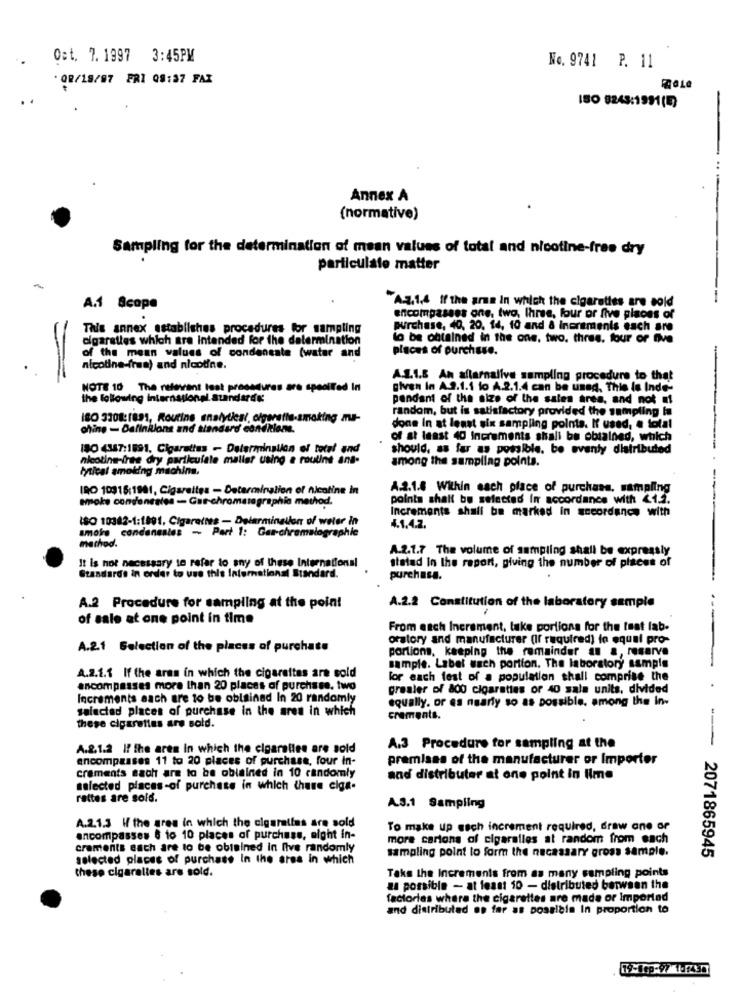
Cat. 7.1997 3:45PM
No. 9741 P. 11
· 08/18/97 FRI 08:37 FAX
ISO 8243:1991(E)
--
Annex A
(normative)
Sampling for the determination of mean values of total and nicotine-free dry
particulate matter
"Az.1,4 If the arma In which the cigarettes are sold
A.1 Scope
encompasses one, two, Ihree, four or five places of
This annex establishes procedures for sampling
Purchase, 40, 20, 14, 10 and & ineremenis each are
cigarettes which are Intended for the determination
to be obtained in the one, two, three, four or five
of the mean values of condensate (water and
places of purchase.
-
nicotine-fraa) and nicotine.
A.L.1.8 An aflarnalive sampling procedure to that
NOTE 10 The relevant lest procedures are specified In
given in A.2.1.1 to A.2.1.4 can be used, This is Inde-
the following international standards:
pendant of the size of the sales area, and not mi
random, but is satisfactory provided the sampling in
ISO 3308:1891, Routine analyticsi, olgaratie-smoking ma-
chine - Dafinkions and standard conditions.
done In at least six sampling points. If used, a total
of at least 40 Increments shall be obtained, which
180 4347:1891, Cigarettes - Daterminalion el total and
should. as far as possible. be evenly distributed
nicotine-inte dry particulate maller using a routine ans-
among the sampling points.
tytical smoking machins.
IRO 10316:1981, Cigarettes - Determination of nicoline in
A.2.1.8 Within each place of purchase, sampling
smoke condonesles - Gar-chromatographic method.
points shalt be selected In accordance with 413.
Increments shall be marked in accordance with
ISO 10382-1:1991, Cigarettes - Determination of water in
smoke condansales - Part 1: Gar-chromatographie
4.1.4.2.
method.
A.2.1.7 The volume of sampling shall be expressly
It is not necessary to refer to any of these International
stated In the report, giving the number of places of
Standards in order to use this International Standard.
purchase.
A.2 Procedure for sampling at the point
A.2.2 Constitution of the laboratory sample
%
of sale at one point in time
From each Increment, take portions for the test lab.
oratory and manufacturer (If required) lo equal pro-
A.2.1 Selection of the places of purchase
portions, keeping the remainder an a, reserve
sample. Label wach portion. The laboratory sample
A.2.1.1 If the aras in which the cigareitas are sold
for each fest of a population shall comprise the
encompasses more than 20 places of purchase. two
grealer of 800 cigarettes or 40 sala units, divided
Increments aach are to be obtained In 20 randomly
equally. or es nearly so as possible. among the In-
salactad places of purchase in the area in which
crements.
these cigarettes are sold.
A.2.1.2 If the aren in which the cigaralles are sold
A.3 Procedure for sampling at the
encompasses 11 to 20 places of purchase, four in-
premiass of the manufacturer or Importer
craments sach are to be oblained in 10 randomly
and distributer at one point in time
selected places-of purchase in which thune ciga-
rattes are sold.
A.S.1 Sampling
A.2.1.3 If the gres in which the cigarettes are sold
To make up esch increment required, draw one or
encompasses 6 to 10 places of purchase, eight in-
more carions of cigaralles at random from each
craments each are to be obtained in five randomly
*- 2071865945
selected places of purchase In the area in which
sampling point lo form the necessary gross sample.
these cigaralles are sold.
Take the Increments from as many sampling points
a possible - at least 10 - distributed between the
factories where the cigarettes are made or Imported
and distributed as far as possible In proportion to
79-1cp-97 1-257